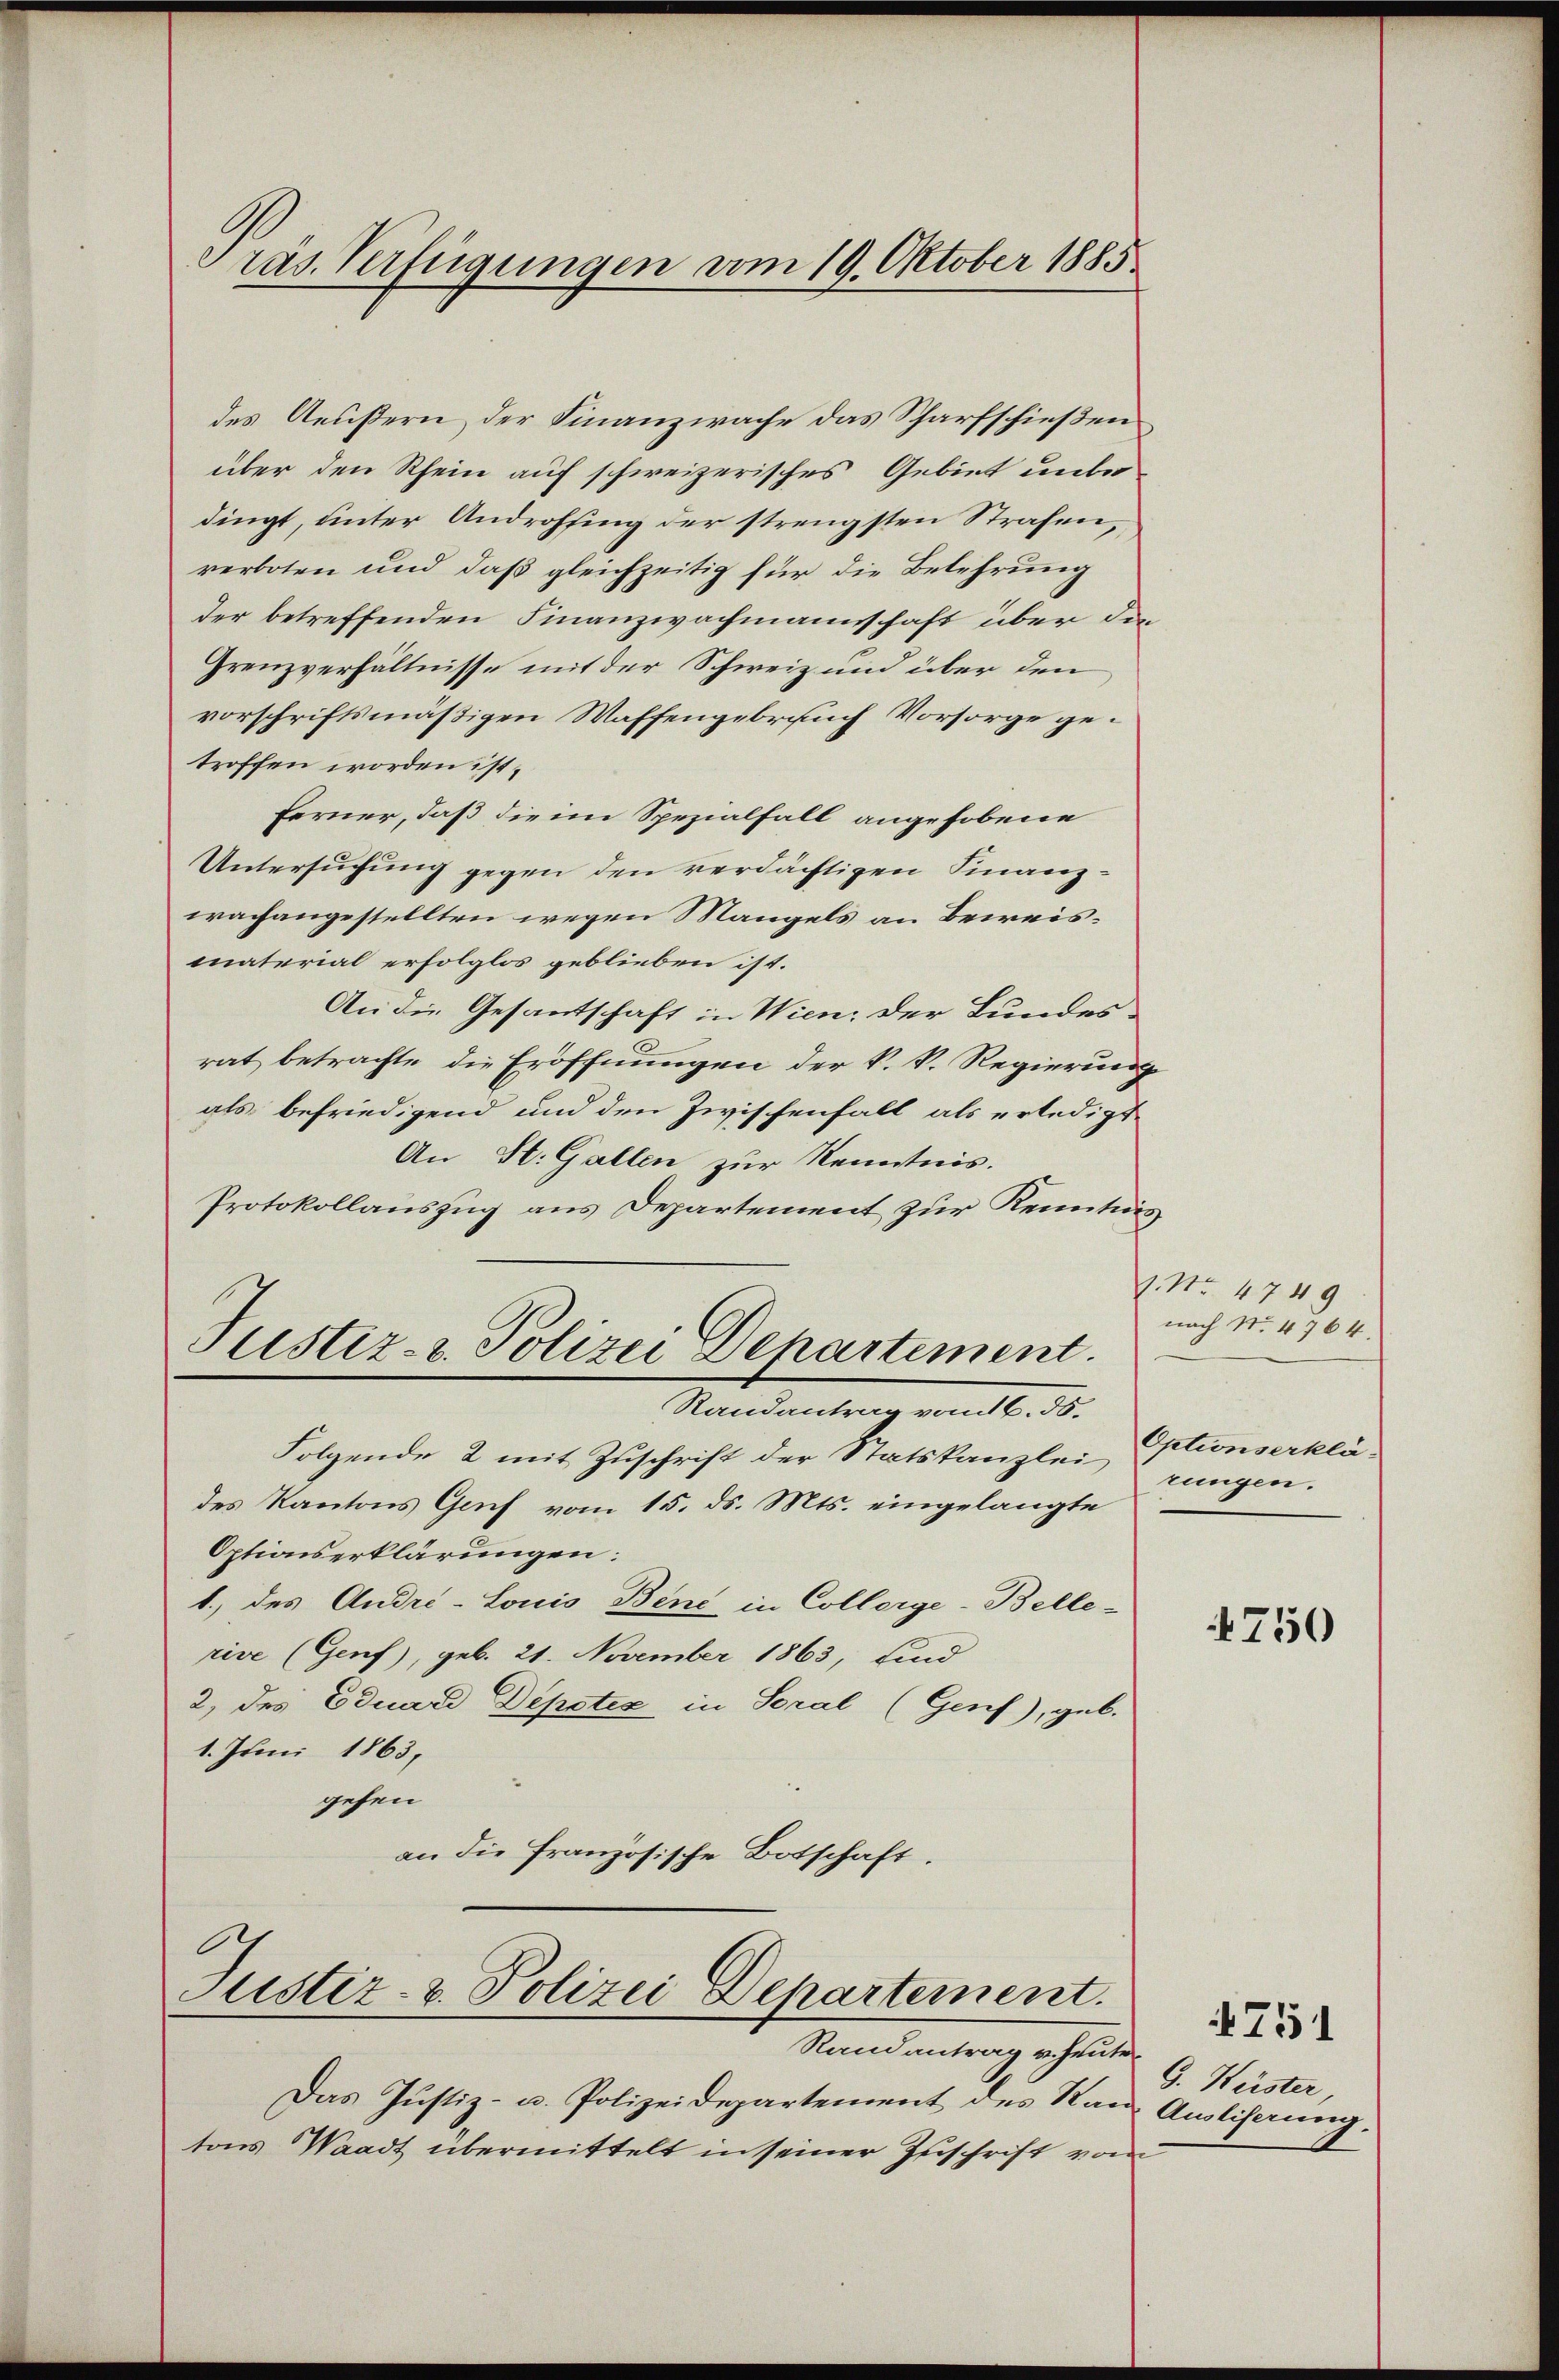
Präs. Verfügungen vom 19. Oktober 1885

des Aeußern der Finanzwache das Scharfschießen
über den Rhein auf schweizerisches Gebiet unter
dingt, unter Androhsing der strengsten Strafen,
verboten und daß gleichzeitig für die Belehrung
der betreffenden Finanzwachmannschaft über die
Grenzverhältnisse mit der Schweiz und über den
vorschriftsmäßigen Waffengebrauch Vorsorge getroffen worden ist.
Ferner, daß die im Spezialfall angehobene
Untersuchung gegen den verdächtigen Finanzwachangestellten wegen Mangels an Beweismaterial erfolglos geblieben ist.
An die Gesantschaft in Wien, der Bundes-
rat betrachte, die Eröffnungen der k. k. Regierung
als befriedigend und den Zwischenfall als erledigt
An St. Gallen zur Kenntnis.
Protokollauszug aus Departement zur Kenntnis
Justiz- & Polizei Departement.
Randantrag vom 16. ds.
Folgende 2 mit Zuschrift der Statskanzlei
des Kantons Genf vom 15. ds. Mts. eingelangte
Optionserklärungen:
1.) des André-Louis Bind in Collerge-Belle-
rive (Genf), geb. 21. November 1863, sind
2, des Eduard Depotiz in Soral (Genf), geb.
1. Juni 1863,
gehen
an die Französische Botschaft.

.
Justiz- & Polizei Departement.
Randantrag v. heute

Das Justiz- u. Polizeidepartement des Kan Auslihnŭng.
tons Waadt übermittelt in seiner Zuschrift vom

9. No. 4749
nach No. 4764.
Optionserklä-
rungen.

750

G. Wüster,

4751